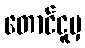
တောင်ငူမှ